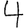
Digit: 4